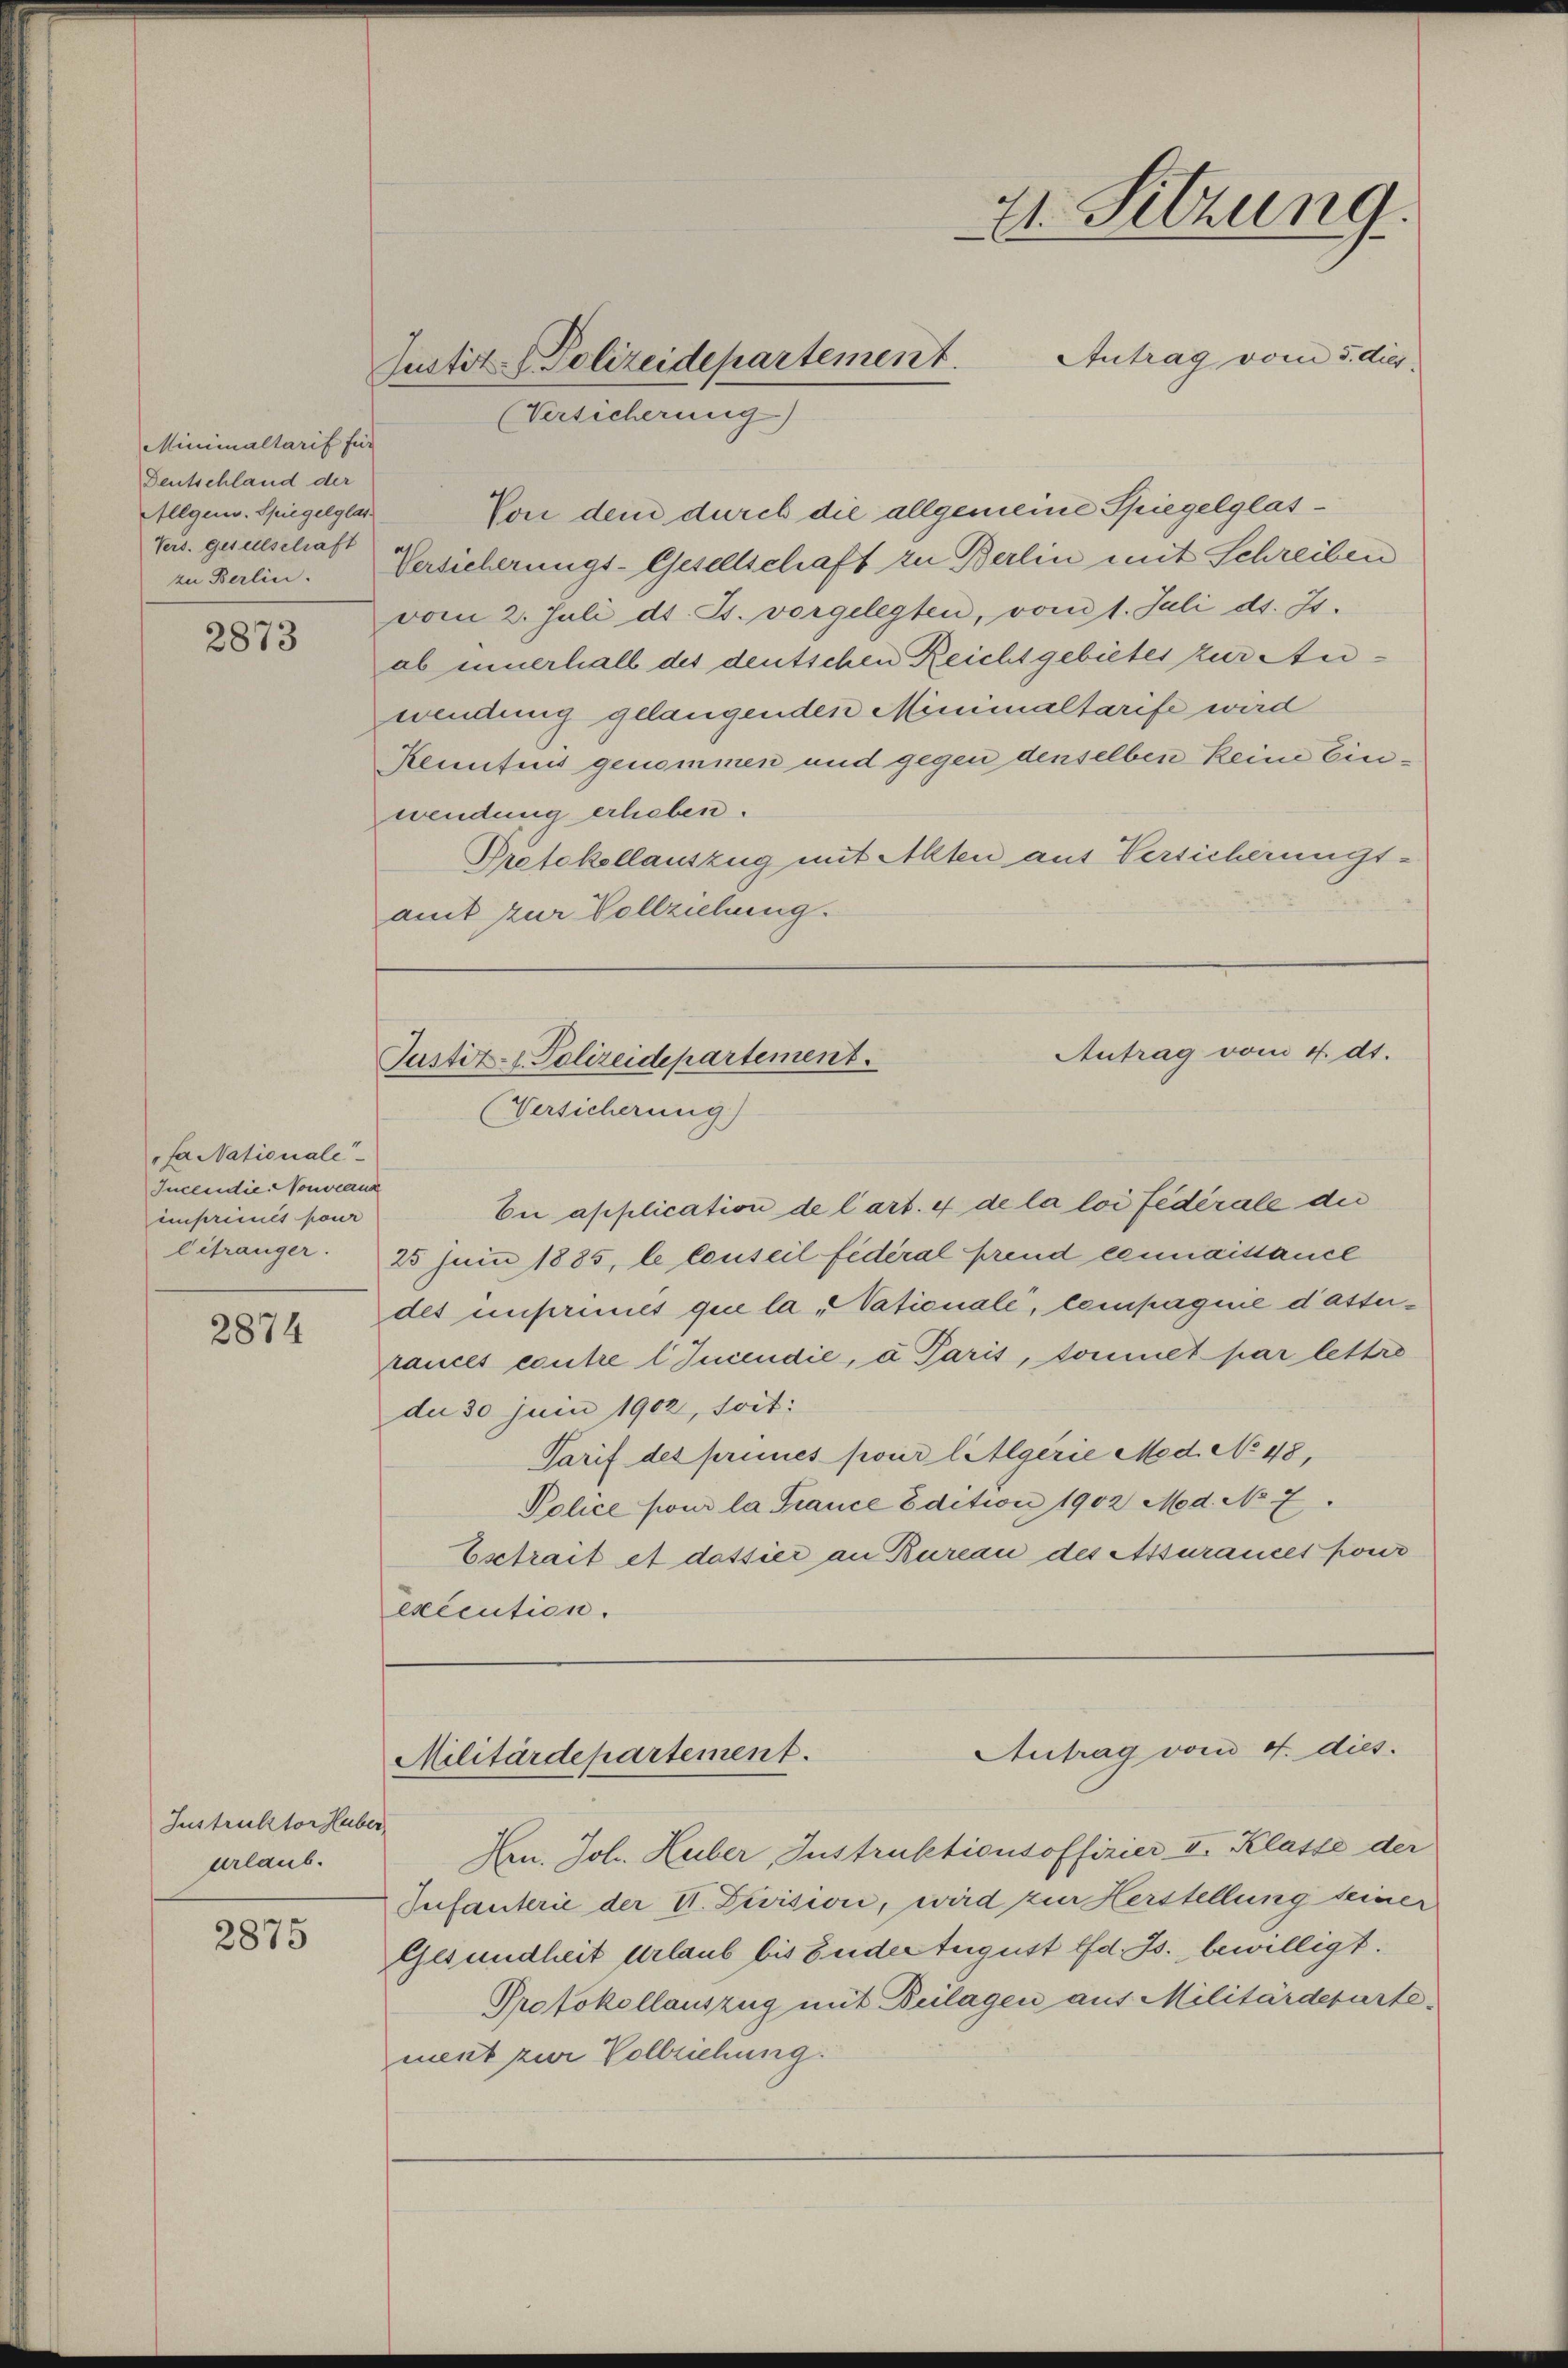
Minimaltarif für
Deutschland der
Allgem. Spiegelglas
Vers. gesellschaft
zu Berlin.

2873

fa Nationale
Incendie Couveaux
einprimés pour
Eifränger.

2874

Instruktor Huber
urlaub.

2875

Von dem durch die allgemeine Spiegelglas¬
Versicherungs-Gesellschaft zu Berlin mit Schreiben
vom 2. Juli d. Js. vorgelegten, vom 1. Juli d. Js.
ab innerhall des deutschen Reicht gebietes zur Anwendung gelangenden Minimaltarife wird
Kenntnis genommen und gegen denselben keine Einwendung erheben.
Protokollauszug mit Alten aus Versicherungs-
amt zur Vollziehung.
Eui application de l’art. 4 de la loi fédérale die
25 Juni 1885, le conseil fédéral prend connaissance
des unseremet que la „Vationale, compagnie dasserrances coutre l Incendie, a Paris, sonnet par lettre
du 30 Juin 1902, soit:
Tarif des primes pour liegerie Med. No 48,
Police pour la France Edition 1902 Med. No 7.
Esctrait et dassier an Bureau des Assurances pour
execution.
Antrag vom 4. dies
Militärdepartement.
Hrn. Joh. Huber, Instruktionsoffizier II. Klasse der
Infanterie der V. Duision, wird zur Herstellung seiner
Gesundheit Urlaub bis Ender tugust lfd. Js. bewilligt.
Protokollauszug mit Beilagen aus Militärdeparte
ment zur Vollziehung.

(Versicherung)

21. Sitzung.
Antrag vom 5. dies
Justit (Polizeidepartement.

Antrag vom 4. dt.
Justiz- & Polizeidepartement.
(Versicherung)